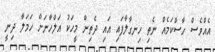
އެއްވެސް ހާސްކަމެއް ނެތި ހިނގާލާފައި އައި ދެތިން މީހަކު އަލްހާނަށް ހަމަލާ ދިނީ